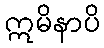
ဣမိနာပိ